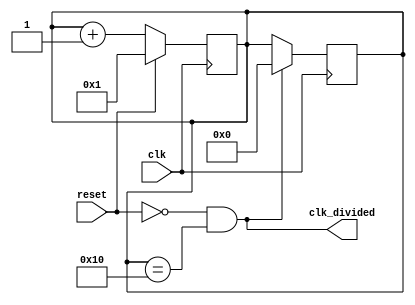
module clock_div #(parameter X = 16)(
  
  /* Non-divided input signal */
  input wire clk,

  /* Reset signal */
  input wire reset,

  /* Divided result signal */
  output wire clk_divided
);

/* Divider counter */
reg [$clog2(X):0]cnt = 0;

/* Rise output signal every X input clocks */
assign clk_divided = !reset && (cnt == X);

always @(posedge clk) begin

  /* 
   * Increment counter every input clock 
   * Reset divider counter on reset signal
   */
  cnt <= (reset)? 1 : cnt + 1;
end

always @(negedge clk) begin
  
  /* 
   * Make output clock signal the 
   * same width as input clocking 
   */
  if (clk_divided)
    cnt <= 0;
end

endmodule